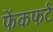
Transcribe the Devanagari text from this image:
फेंकफर्ट